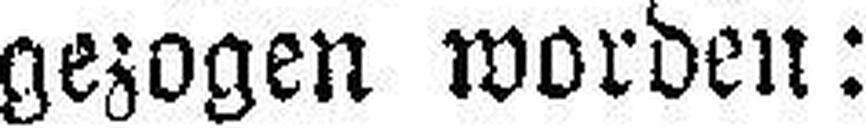
gezogen worden: